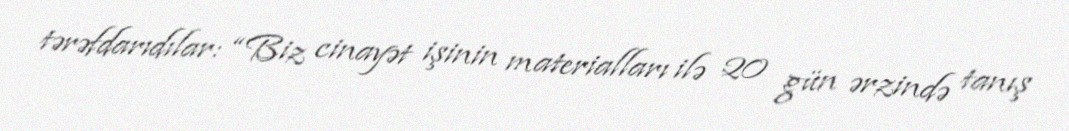
tərəfdarıdılar: “Biz cinayət işinin materialları ilə 20 gün ərzində tanış